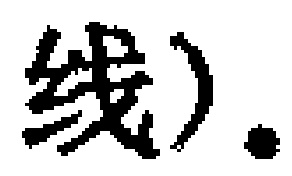
线）.